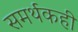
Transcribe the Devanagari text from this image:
समर्थकही